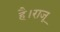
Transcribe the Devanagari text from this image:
है।राजू